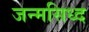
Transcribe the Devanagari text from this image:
जन्मसिध्द